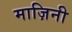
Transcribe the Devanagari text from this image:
माज़िनी